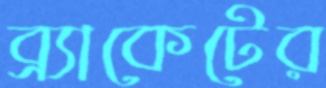
ব্র্যাকেটের